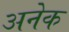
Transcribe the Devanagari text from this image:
अनेेक